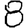
Digit: 8